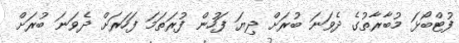
ފުޓްބޯޅަ މުބާރާތުގެ ދެވަނަ ބުރަށް ދިޔަ ފަހުން ފުރަތަމަ ފަހަރަށް ދެވަނަ ބުރަށް